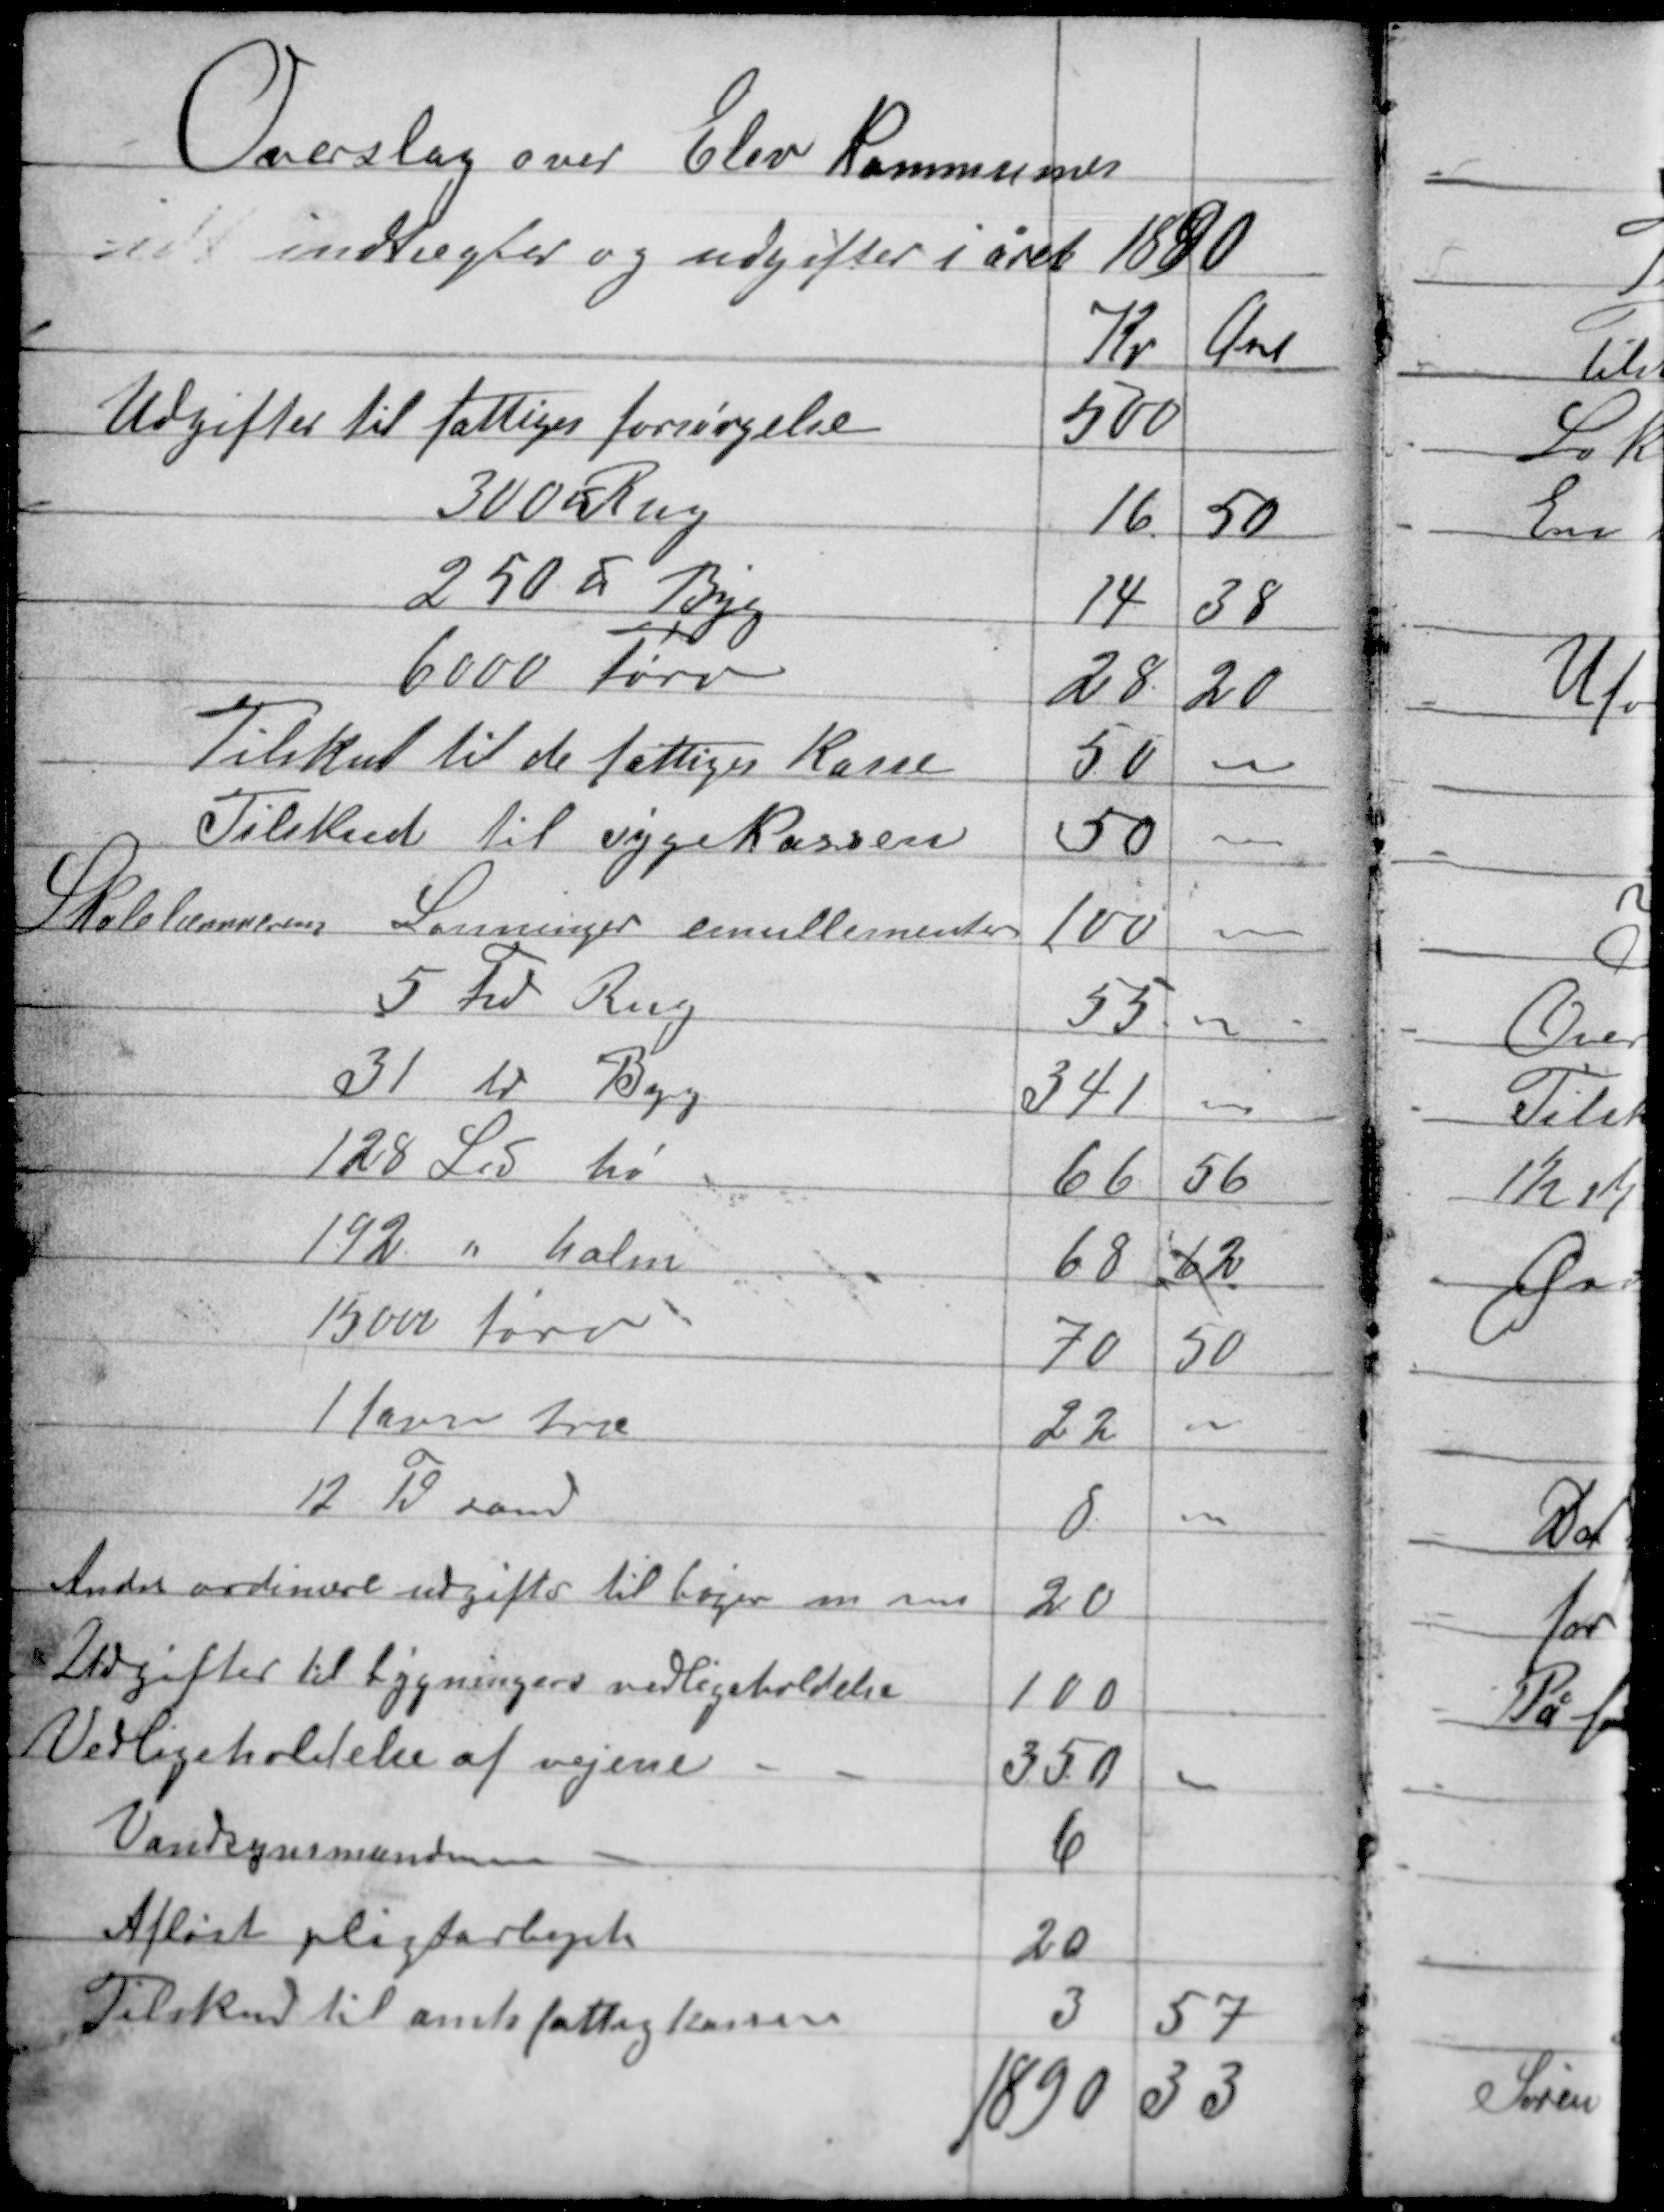
Transskription:
Overslag over Elev kommunes
indtægter og udgifter i året 1890